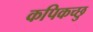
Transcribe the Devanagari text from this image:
कपिकच्छु